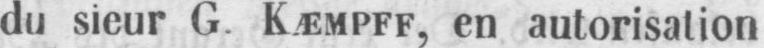
du sieur G. KÆMPFF, en autorisation